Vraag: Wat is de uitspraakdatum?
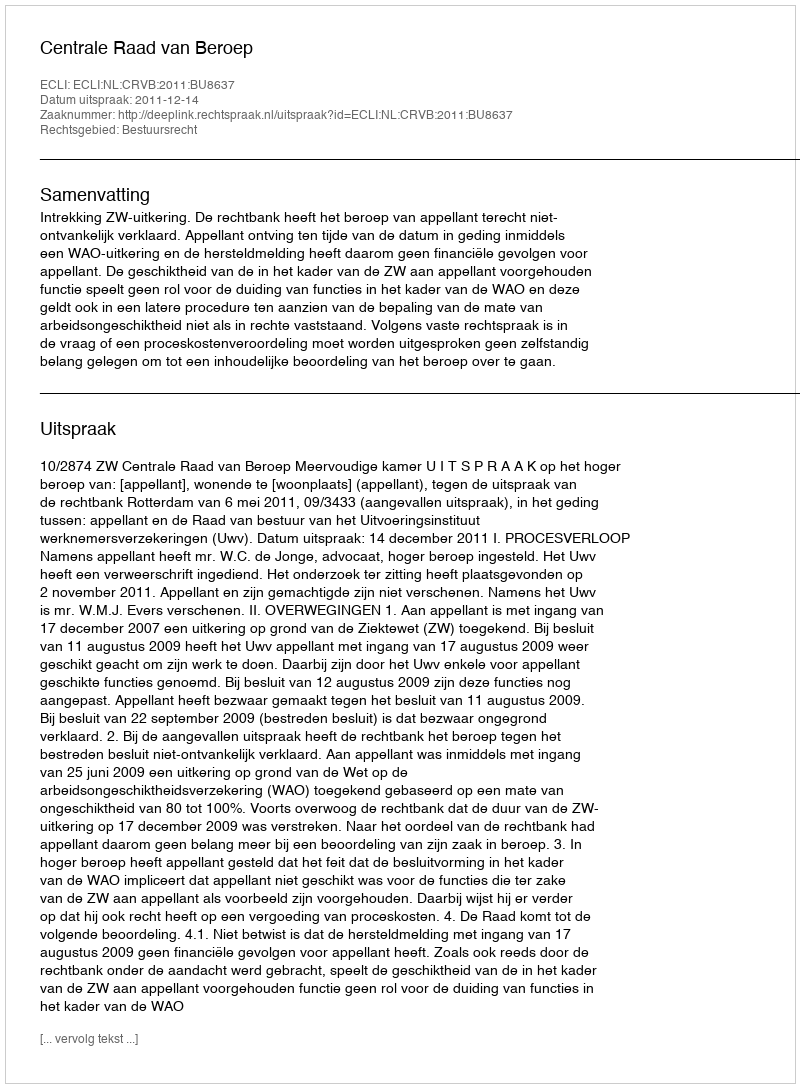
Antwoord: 2011-12-14